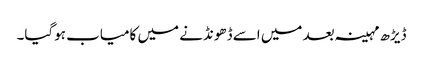
ڈیڑھ مہینہ بعد میں اسے ڈھونڈنے میں کامیاب ہوگیا۔